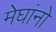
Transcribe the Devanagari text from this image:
मेघांनो